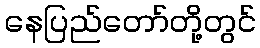
နေပြည်တော်တို့တွင်